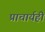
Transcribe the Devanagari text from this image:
प्राचार्यही